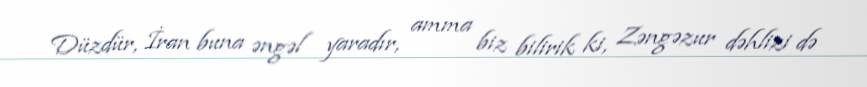
Düzdür, İran buna əngəl yaradır, amma biz bilirik ki, Zəngəzur dəhlizi də